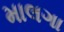
માલગા